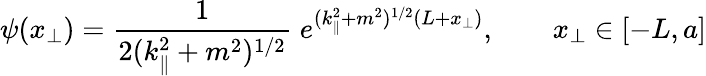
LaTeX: \psi(x_{\bot})=\frac{1}{2(k_{\| }^{2}+m^{2})^{1/2}}\; e^{(k_{\| }^{2}+m^{2})^{1/2}(L+x_{\bot})},\qquad x_{\bot}\in[-L,a]